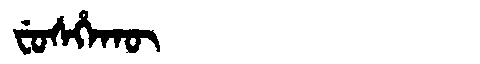
Manchu: ᠸᡠᠰᡥᡝᡴᡡ
Romanization: FUSHEKŪ